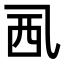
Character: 𧟢